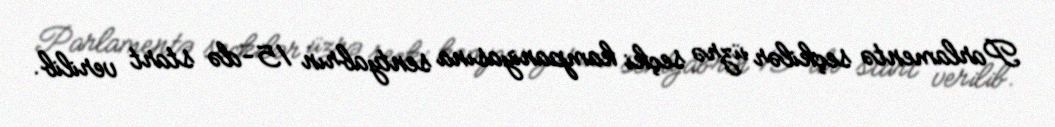
Parlamentə seçkilər üzrə seçki kampaniyasına sentyabrın 15-də start verilib.